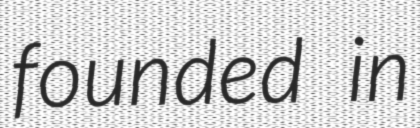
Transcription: founded in